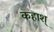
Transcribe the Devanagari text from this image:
कहाश्